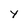
Character: Y